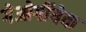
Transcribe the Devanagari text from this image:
गेओर्गीयेवा